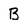
Character: B